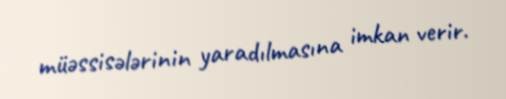
müəssisələrinin yaradılmasına imkan verir.